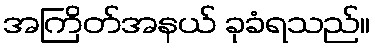
အကြိတ်အနယ် ခုခံရသည်။